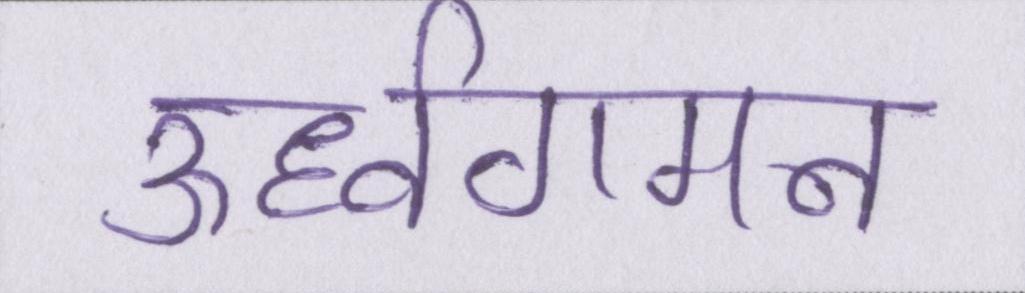
ऊर्ध्वगमन